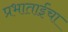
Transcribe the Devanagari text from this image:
प्रभाताईंचा